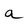
Character: a